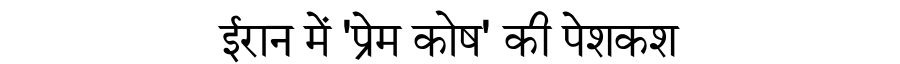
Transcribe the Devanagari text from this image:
ईरान में 'प्रेम कोष' की पेशकश